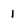
Character: 1